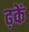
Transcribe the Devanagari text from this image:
ढ़कें